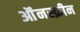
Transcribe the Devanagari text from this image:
ऑंनस्क्रीन